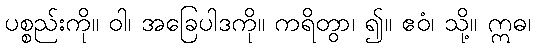
ပစ္စည်းကို။ ဝါ၊ အခြေပါဒကို။ ကရိတွာ၊ ၍။ ဧဝံ၊ သို့။ ဣဓ၊